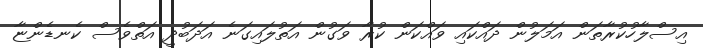
އިސްލާހުކުރާތަން އަމަލުން ދައްކައި ވައްކަން ކުރާ ވަގުން އަތުލައިގަނެ އަދަބުދީ އަތްވެސް ކެނޑެންޏާ